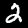
Digit: 2